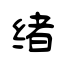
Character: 绪